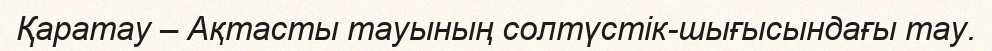
Қаратау – Ақтасты тауының солтүстік-шығысындағы тау.